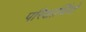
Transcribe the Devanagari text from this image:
परिक्षार्थियों